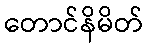
တောင်နိမိတ်